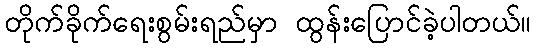
တိုက်ခိုက်ရေးစွမ်းရည်မှာ ထွန်းပြောင်ခဲ့ပါတယ်။